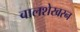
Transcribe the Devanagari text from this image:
बालशेखरन